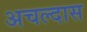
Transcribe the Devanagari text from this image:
अचल्दास